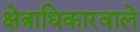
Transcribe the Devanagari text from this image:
क्षेत्राधिकारवाले